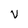
Character: v